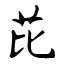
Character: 芘